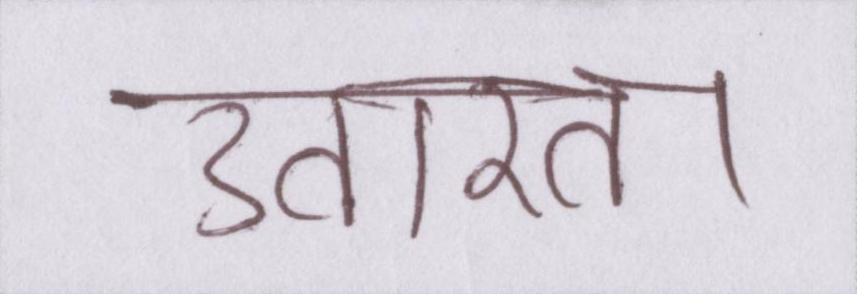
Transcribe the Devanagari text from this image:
उतारता